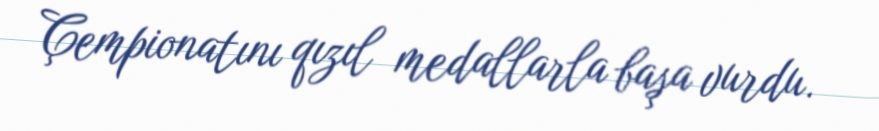
Çempionatını qızıl medallarla başa vurdu.